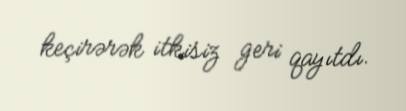
keçirərək itkisiz geri qayıtdı.